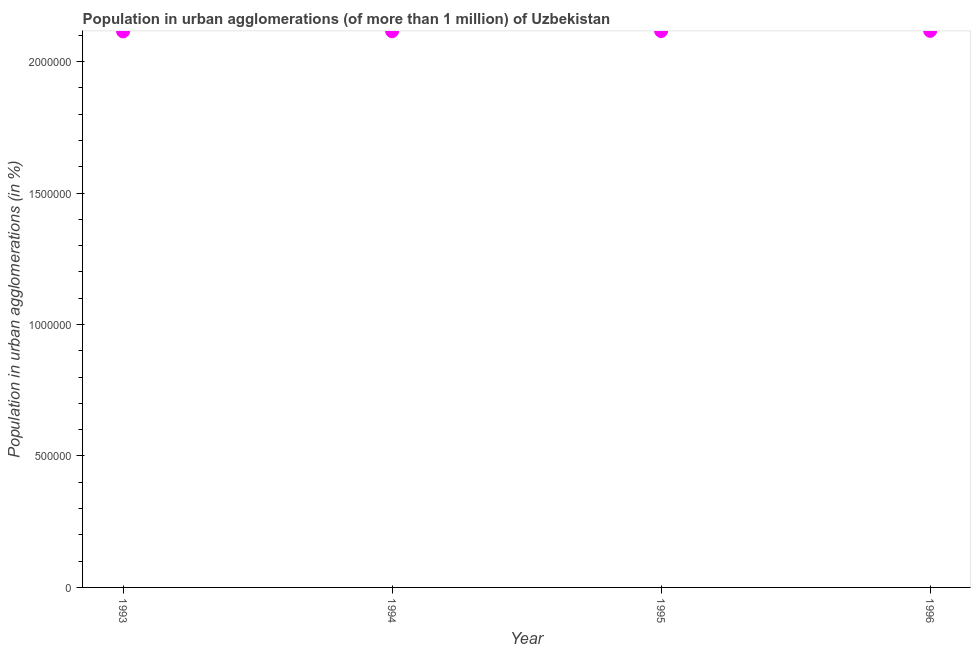
| Year | Population in urban agglomerations |
 | --- | --- |
 | 1993 | 2.12e+06 |
 | 1994 | 2.12e+06 |
 | 1995 | 2.12e+06 |
 | 1996 | 2.12e+06 |